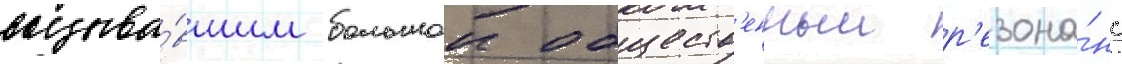
вызыва́вшим большои обществ'енныи р'езона́нс